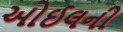
ઓઈલની